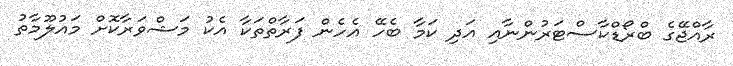
ރާއްޖޭގެ ބްރޯޑްކާސްޓަރުންނާއި އަދި ކަމާ ބެހޭ އެހެން ފަރާތްތަކާ އެކު މަޝްވަރާކޮށް މައުލޫމާތު